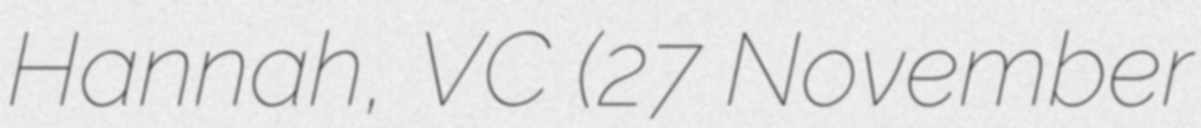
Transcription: Hannah, VC (27 November